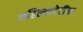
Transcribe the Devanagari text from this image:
अहिल्यादेवींना